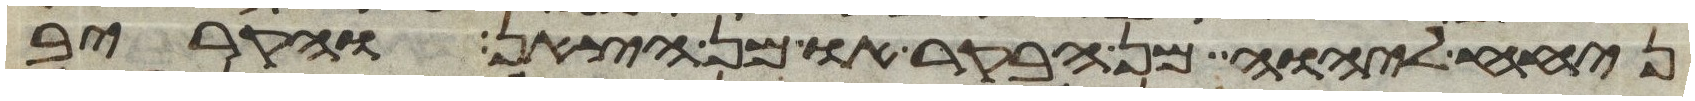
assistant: ניחח ליהוה מן הבקר או מן הצאן והקריב